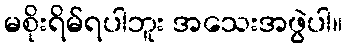
မစိုးရိမ်ရပါဘူး အသေးအဖွဲပါ။